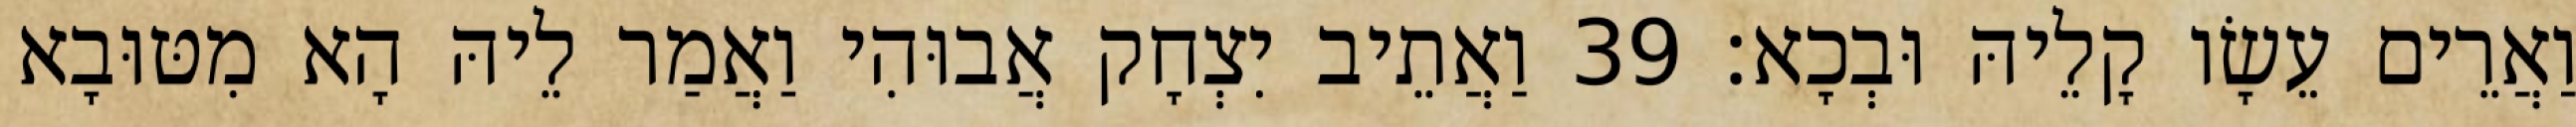
וַאֲרֵים עֵשָׂו קָלֵיהּ וּבְכָא׃ 39 וַאֲתֵיב יִצְחָק אֲבוּהִי וַאֲמַר לֵיהּ הָא מִטּוּבָא